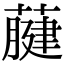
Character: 𦽇